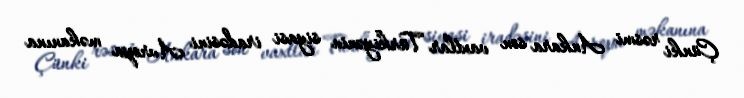
Çünki rəsmi Ankara son vaxtlar Türkiyənin siyasi iradəsini Avropa məkanına